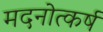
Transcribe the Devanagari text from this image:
मदनोत्कर्ष